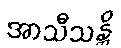
အာသီသန္တိ